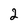
Character: 2